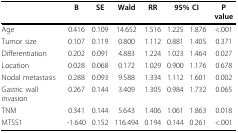
<table><thead><tr><td></td><td><b>B</b></td><td><b>SE</b></td><td><b>Wald</b></td><td><b>RR</b></td><td colspan="2"><b>95% CI</b></td><td><b>P value</b></td></tr></thead><tbody><tr><td>Age</td><td>0.416</td><td>0.109</td><td>14.652</td><td>1.516</td><td>1.225</td><td>1.876</td><td>&lt;.001</td></tr><tr><td>Tumor size</td><td>0.107</td><td>0.119</td><td>0.800</td><td>1.112</td><td>0.881</td><td>1.405</td><td>0.371</td></tr><tr><td>Differentiation</td><td>0.202</td><td>0.091</td><td>4.883</td><td>1.224</td><td>1.023</td><td>1.464</td><td>0.027</td></tr><tr><td>Location</td><td>0.028</td><td>0.068</td><td>0.172</td><td>1.029</td><td>0.900</td><td>1.176</td><td>0.678</td></tr><tr><td>Nodal metastasis</td><td>0.288</td><td>0.093</td><td>9.588</td><td>1.334</td><td>1.112</td><td>1.601</td><td>0.002</td></tr><tr><td>Gastric wall invasion</td><td>0.267</td><td>0.144</td><td>3.409</td><td>1.305</td><td>0.984</td><td>1.732</td><td>0.065</td></tr><tr><td>TNM</td><td>0.341</td><td>0.144</td><td>5.643</td><td>1.406</td><td>1.061</td><td>1.863</td><td>0.018</td></tr><tr><td>MTSS1</td><td>-1.640</td><td>0.152</td><td>116.494</td><td>0.194</td><td>0.144</td><td>0.261</td><td>&lt;.001</td></tr></tbody></table>